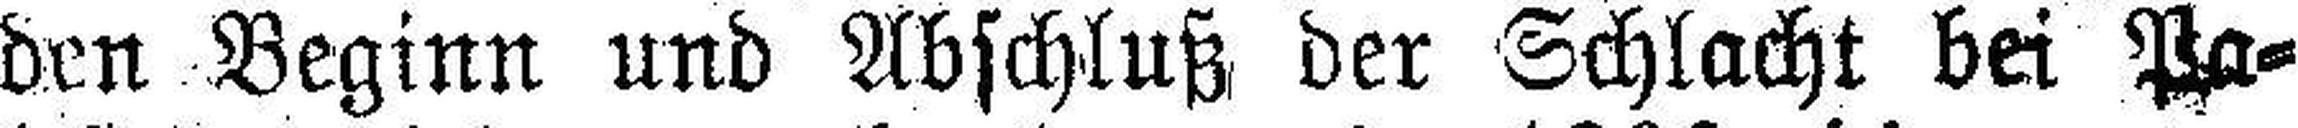
den Beginn und Abschluß der Schlacht bei Pa¬